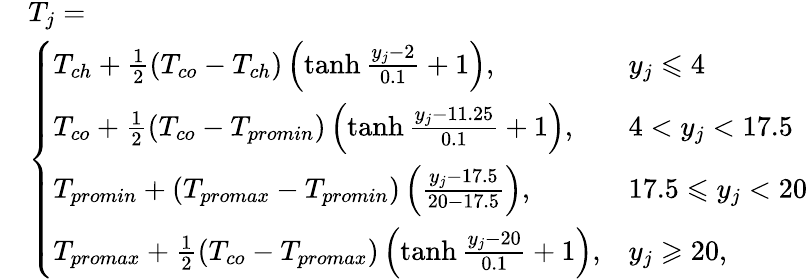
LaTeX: \begin{array}{rl}&{T_{j}=}\\ &{\left\{ \begin{array}{ll}{T_{ch}+\frac{1}{2}\left(T_{co}-T_{ch}\right)\left(\operatorname{tanh}{\frac{y_{j}-2}{0.1}+1}\right),}&{y_{j}\leqslant 4}\\ {T_{co}+\frac{1}{2}\left(T_{co}-T_{promin}\right)\left(\operatorname{tanh}{\frac{y_{j}-11.25}{0.1}+1}\right),}&{4<y_{j}<17.5}\\ {T_{promin}+(T_{promax}-T_{promin})\left(\frac{y_{j}-17.5}{20-17.5}\right),}&{17.5\leqslant y_{j}<20}\\ {T_{promax}+\frac{1}{2}\left(T_{co}-T_{promax}\right)\left(\operatorname{tanh}{\frac{y_{j}-20}{0.1}+1}\right),}&{y_{j}\geqslant 20,}\end{array}\right.}\end{array}